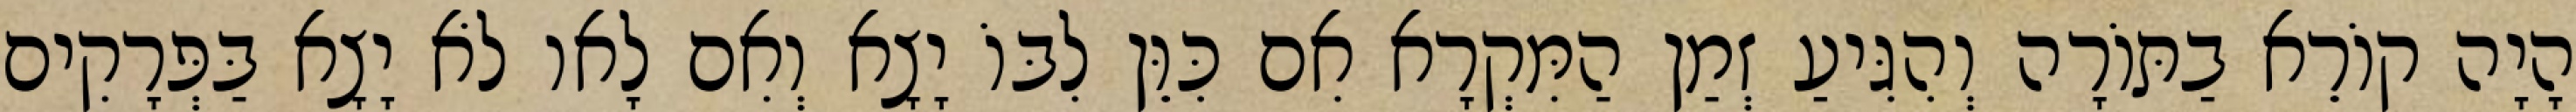
הָיָה קוֹרֵא בַתּוֹרָה וְהִגִּיעַ זְמַן הַמִּקְרָא אִם כִּוֵּן לִבּוֹ יָצָא וְאִם לָאו לֹא יָצָא בַּפְּרָקִים